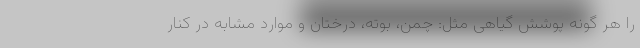
را هر گونه پوشش گیاهی مثل: چمن، بوته، درختان و موارد مشابه در کنار